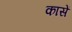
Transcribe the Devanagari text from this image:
कासें